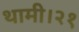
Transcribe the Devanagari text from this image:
थामी।२१